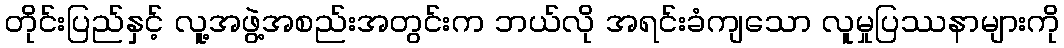
တိုင်းပြည်နှင့် လူ့အဖွဲ့အစည်းအတွင်းက ဘယ်လို အရင်းခံကျသော လူမှုပြဿနာများကို